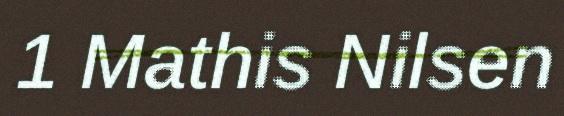
1 Mathis Nilsen